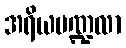
အရိယမဏ္ဍလာ